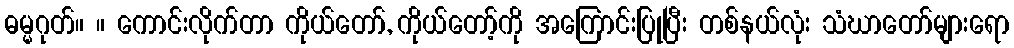
ဓမ္မဂုတ်။ ။ ကောင်းလိုက်တာ ကိုယ်တော်, ကိုယ်တော့်ကို အကြောင်းပြုပြီး တစ်နယ်လုံး သံဃာတော်များရော